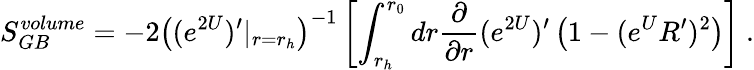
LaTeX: S_{GB}^{volume}=-2\left((e^{2U})^{\prime}|_{r=r_{h}}\right)^{-1}\left[\int_{r_{h}}^{r_{0}}dr{\frac{\partial}{\partial r}}(e^{2U})^{\prime}\left(1-(e^{U}R^{\prime})^{2}\right)\right]\ .